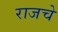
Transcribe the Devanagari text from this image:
राजचे